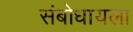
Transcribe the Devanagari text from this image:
संबोधायला